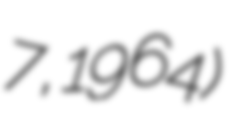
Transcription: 7, 1964)